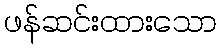
ဖန်ဆင်းထားသော